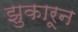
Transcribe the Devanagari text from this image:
झुकारून